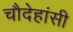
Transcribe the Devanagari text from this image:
चौदेहांसी